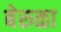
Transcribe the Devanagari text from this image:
बेरुळा